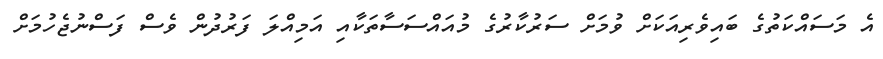
އެ މަސައްކަތުގެ ބައިވެރިއަކަށް ވުމަށް ސަރުކާރުގެ މުއައްސަސާތަކާއި އަމިއްލަ ފަރުދުން ވެސް ފަސްނުޖެހުމަށް